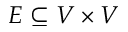
E \subseteq V \times V